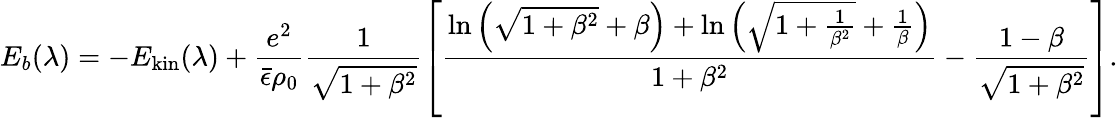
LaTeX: E_{b}(\lambda)=-E_{\mathrm{kin}}(\lambda)+\frac{e^{2}}{\bar{\epsilon}\rho_{0}}\frac{1}{\sqrt{1+\beta^{2}}}\left[\frac{\ln\left(\sqrt{1+\beta^{2}}+\beta\right)+\ln\left(\sqrt{1+\frac{1}{\beta^{2}}}+\frac{1}{\beta}\right)}{1+\beta^{2}}-\frac{1-\beta}{\sqrt{1+\beta^{2}}}\right].